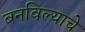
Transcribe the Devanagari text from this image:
बनविल्याचे